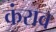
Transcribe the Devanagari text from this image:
कंराव